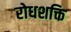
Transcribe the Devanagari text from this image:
रोधशक्ति